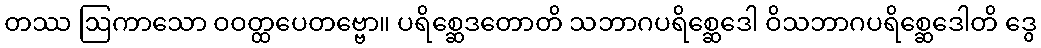
တဿ ဩကာသော ဝဝတ္ထပေတဗ္ဗော။ ပရိစ္ဆေဒတောတိ သဘာဂပရိစ္ဆေဒေါ ဝိသဘာဂပရိစ္ဆေဒေါတိ ဒွေ